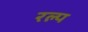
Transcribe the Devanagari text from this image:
रल्प